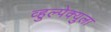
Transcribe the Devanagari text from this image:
व्हुल्पेक्युला